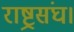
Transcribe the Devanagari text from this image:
राष्ट्रसंघ।